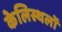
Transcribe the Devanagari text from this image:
केलिस्थलों